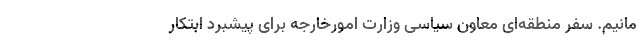
مانیم. سفر منطقه‌ای معاون سیاسی وزارت امورخارجه برای پیشبرد ابتکار